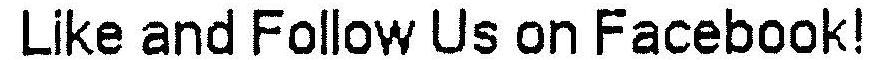
LIKE AND FOLLOW US ON FACEBOOK!